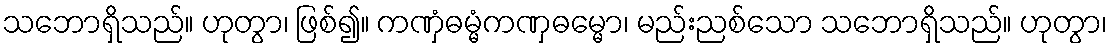
သဘောရှိသည်။ ဟုတွာ၊ ဖြစ်၍။ ကဏှံဓမ္မံကဏှဓမ္မော၊ မည်းညစ်သော သဘောရှိသည်။ ဟုတွာ၊